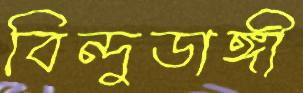
বিন্দুডাঙ্গী